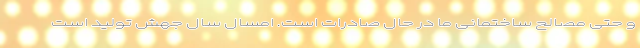
و حتی مصالح ساختمانی ما در حال صادرات است. امسال سال جهش تولید است